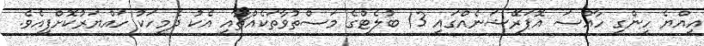
އިއްޔެ ހިންގި ހާއްސަ އޮޕަރޭޝަނެއްގައި 13 ބުލެޓްގެ މަސްތުވާތަކެއްޗާއި އެކު ދެމީހަކު ހައްޔަރުކޮށްފިއެވެ.